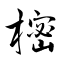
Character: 樒